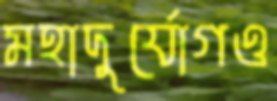
মহাদুর্যোগও